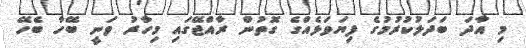
މި އާދަ ބަދަލުކުރުމުގެ ފިޔަވަޅެއްގެ ގޮތުން ރާއްޖޭގައި މިހާރު ވަނީ ބޭހާ ބެހޭ